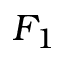
F _ { 1 }